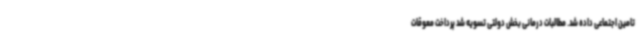
تامین اجتماعی داده شد. مطالبات درمانی بخش دولتی تسویه شد پرداخت معوقات